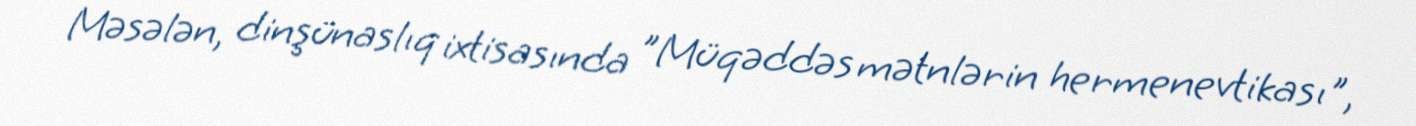
Məsələn, dinşünaslıq ixtisasında ”Müqəddəs mətnlərin hermenevtikası",